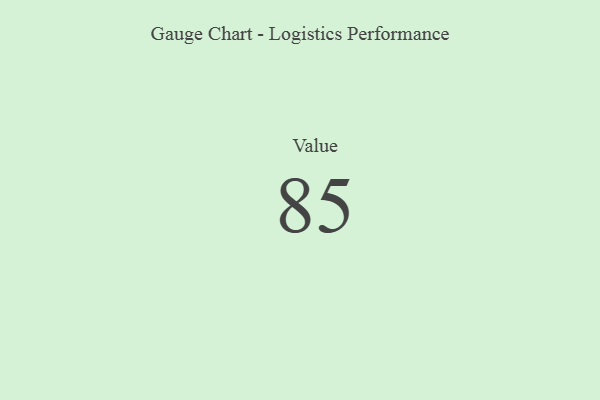
{"axis": {"x": "Metric", "y": "Value"}, "legend": [""], "data": [{"x": "Value", "y": 85, "type": ""}]}